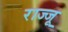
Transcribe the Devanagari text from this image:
राज्जू